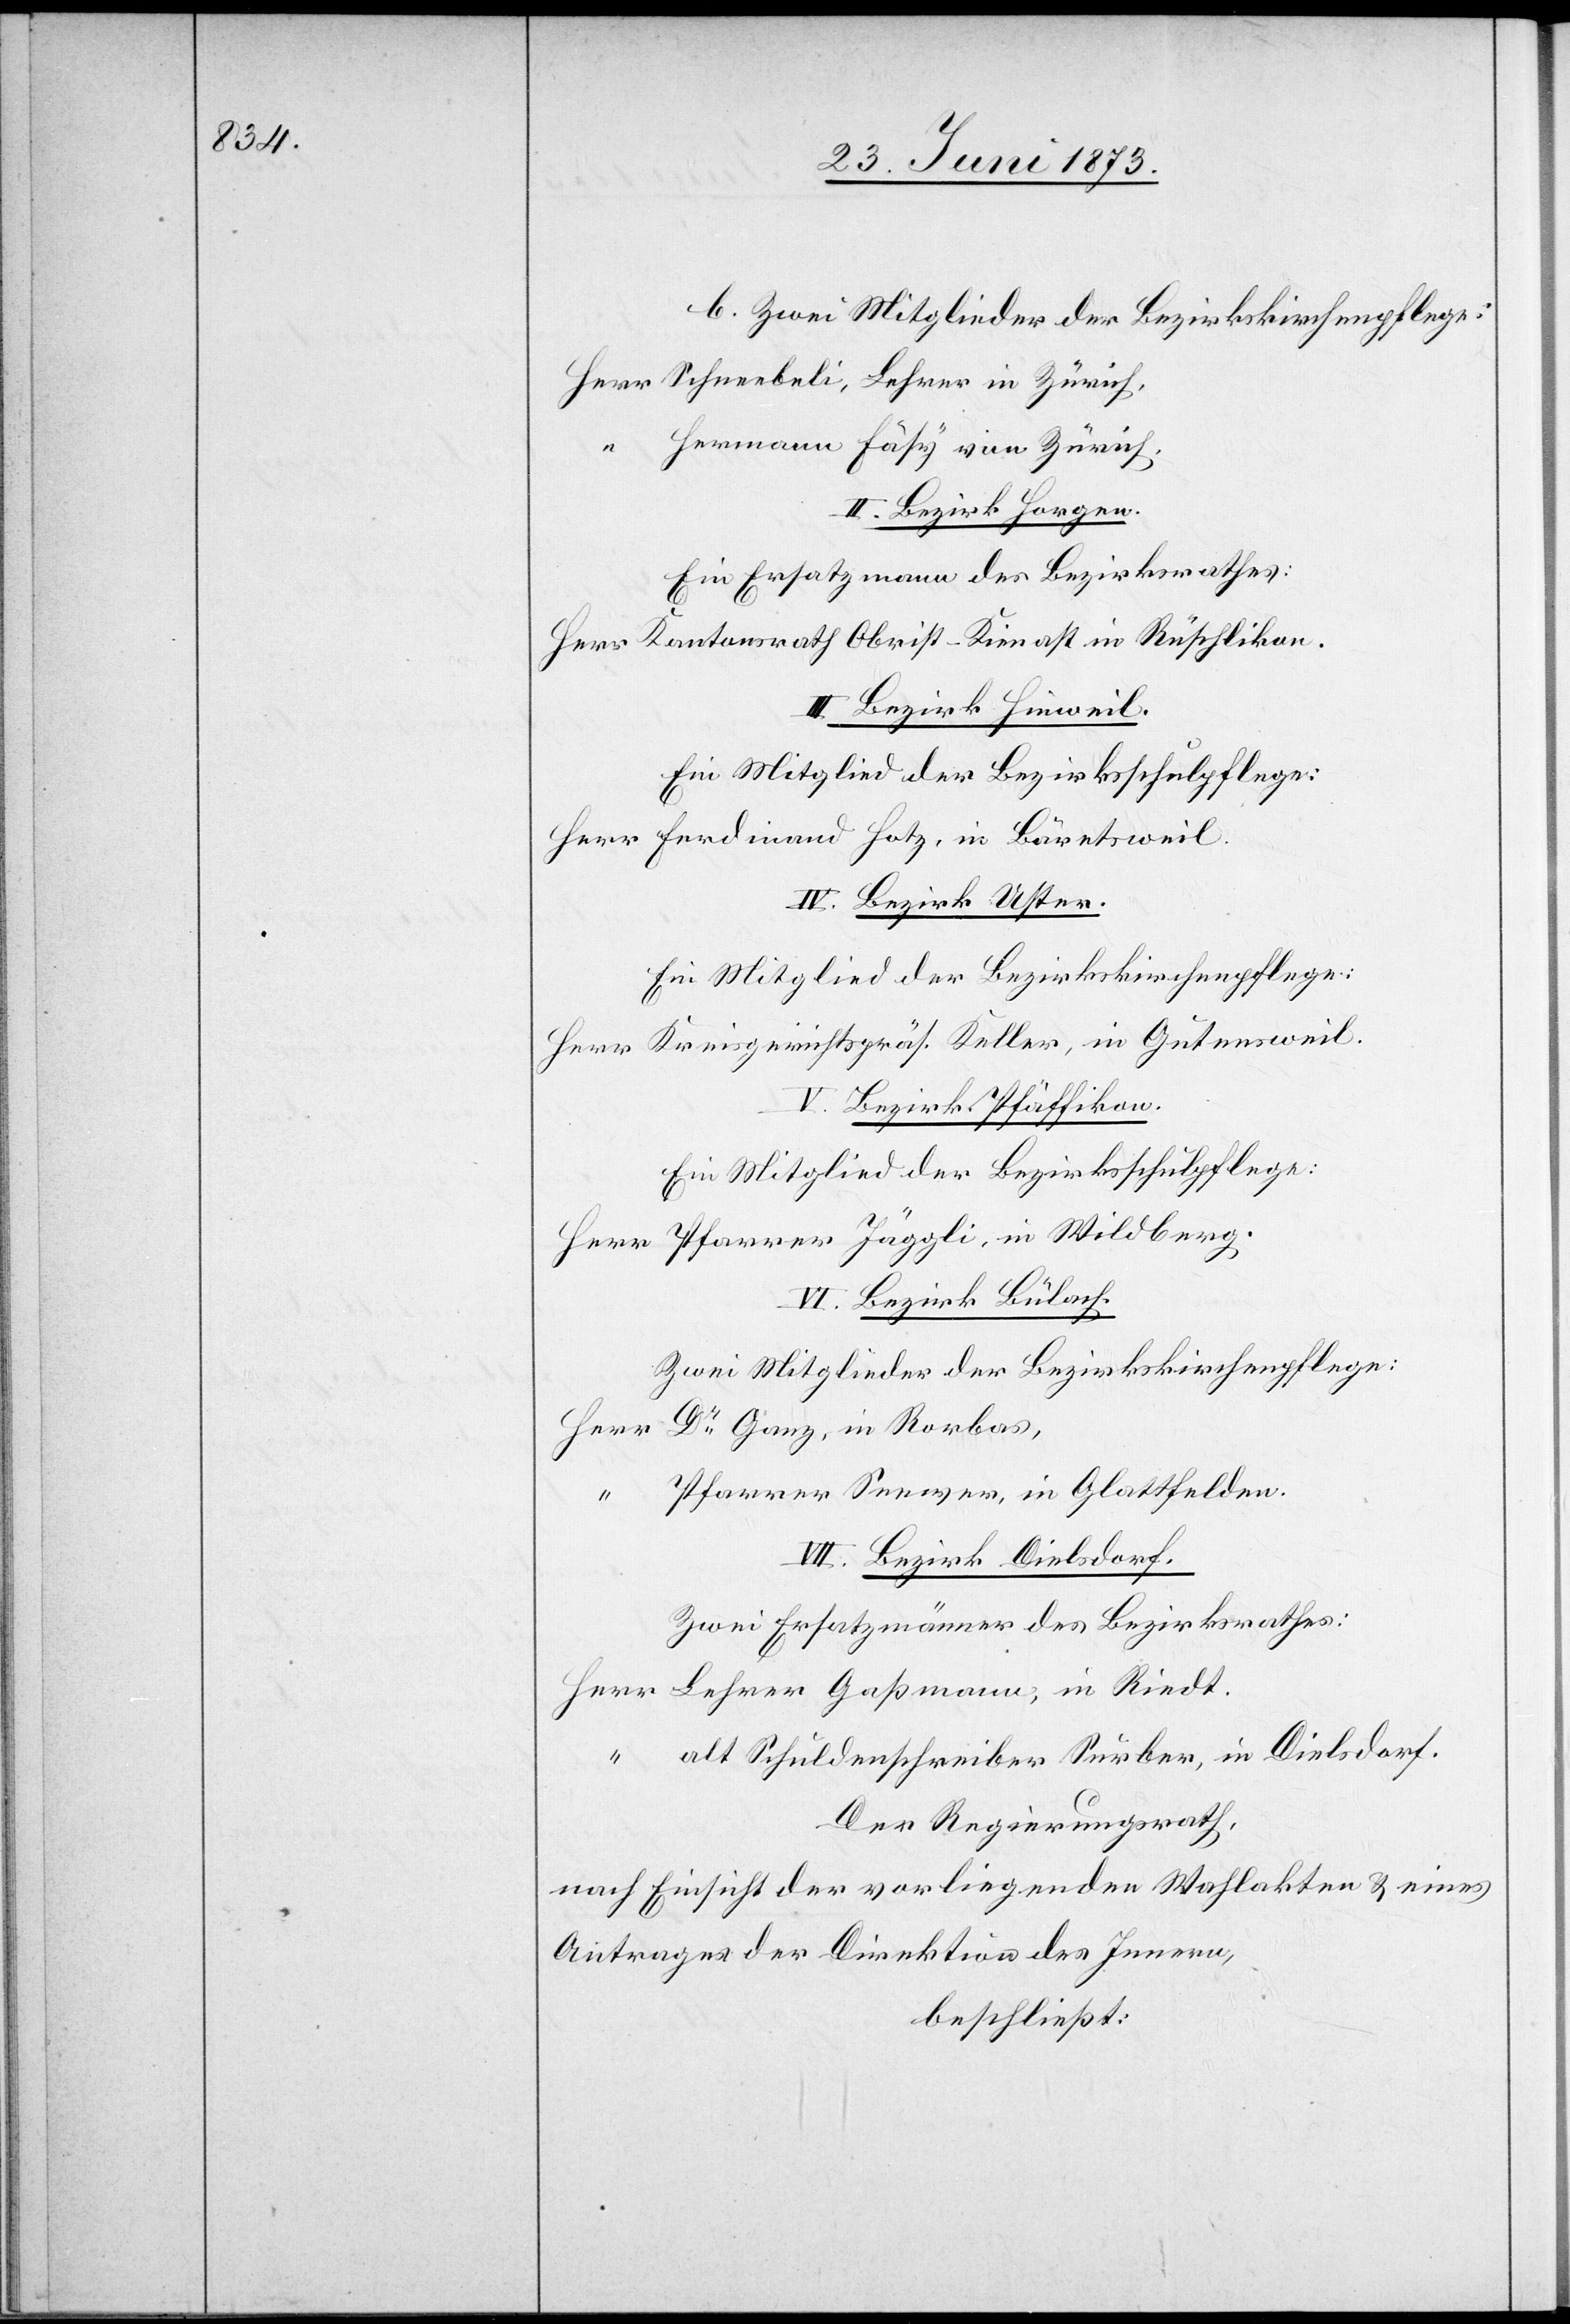
b. Zwei Mitglieder der Bezirkskirchenpflege:
Herr Schneebeli, Lehrer in Zürich,
“ Hermann Fäsy von Zürich.
II. Bezirk Horgen.
Ein Ersatzmann des Bezirksrathes:
Herr Kantonsrath Obrist-Kienast in Rüschlikon.
III. Bezirk Hinweil.
Ein Mitglied der Bezirksschulpflege:
Herr Ferdinand Hotz, in Bäretsweil.
IV. Bezirk Uster.
Ein Mitglied der Bezirkskirchenpflege:
Herr Kreisgerichtspräs. Keller, in Gutensweil.
V. Bezirk Pfäffikon.
Ein Mitglied der Bezirksschulpflege:
Herr Pfarrer Jäggli, in Wildberg.
VI. Bezirk Bülach.
Zwei Mitglieder der Bezirkskirchenpflege:
Herr Dr Ganz, in Rorbas,
“ Pfarrer Seewer, in Glattfelden.
VII. Bezirk Dielsdorf.
Zwei Ersatzmänner des Bezirksrathes:
Herr Lehrer Gaßmann, in Riedt.
“ alt Schuldenschreiber Surber, in Dielsdorf.
Der Regierungsrath,
nach Einsicht der vorliegenden Wahlakten & eines
Antrages der Direktion des Innern,
beschließt: